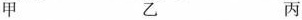
甲 乙 丙